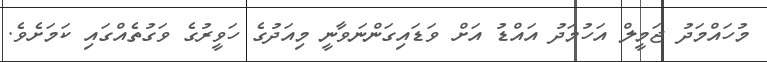
މުހައްމަދު ޖަމީލް އަހުމަދު އައްޑު އަށް ވަޑައިގަންނަވާނީ މިއަދުގެ ހަވީރުގެ ވަގުތެއްގައި ކަމަށެވެ.